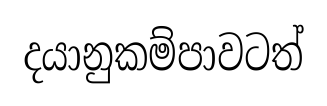
දයානුකම්පාවටත්